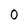
Character: 0